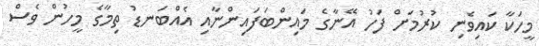
މީހަކާ ކައިވެނި ކުރުމަށް ފަހު އޭނާގެ މައިންބަފައިންނާއި އެއްބަނޑު ތިމާގެ މީހުން ވެސް